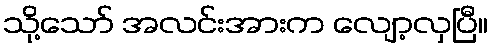
သို့သော် အလင်းအားက လျော့လှပြီ။